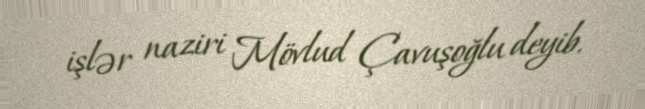
işlər naziri Mövlud Çavuşoğlu deyib.